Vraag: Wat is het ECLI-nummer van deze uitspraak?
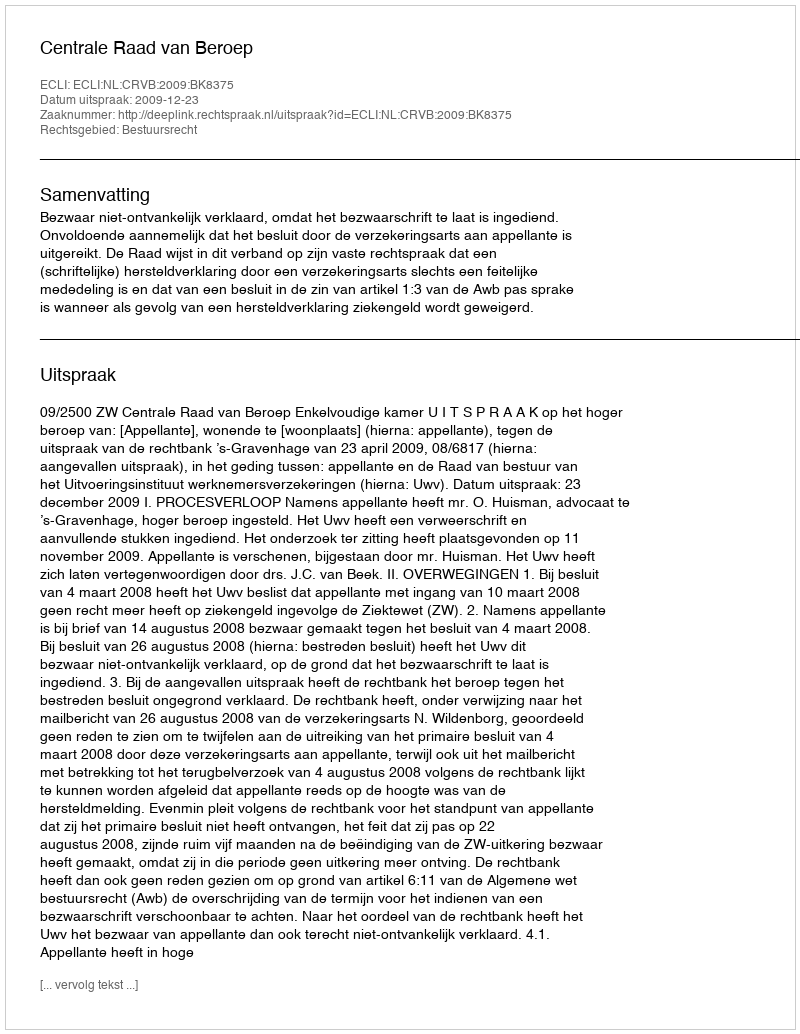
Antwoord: ECLI:NL:CRVB:2009:BK8375